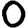
Digit: 0